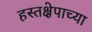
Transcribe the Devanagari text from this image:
हस्तक्षेपाच्या